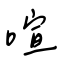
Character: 喧